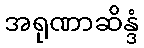
အရုဏာဆိန္ဒံ